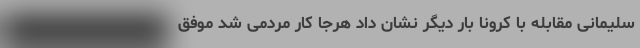
سلیمانی مقابله با کرونا بار دیگر نشان داد هرجا کار مردمی شد موفق